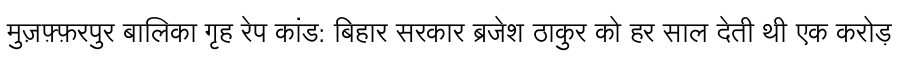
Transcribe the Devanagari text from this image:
मुज़फ़्फ़रपुर बालिका गृह रेप कांड: बिहार सरकार ब्रजेश ठाकुर को हर साल देती थी एक करोड़